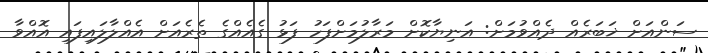
ސަންއަށް ޚަބަރެއް ދެއްވުމަށް: އަނިޔާކޮށް މަރާލުމަށްފަހު ފަޅު ގެއެއްގެ ތެރެއަށް އެއްލާލައިފައި އޮއްވާ